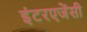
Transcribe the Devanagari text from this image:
इंटरएजेंसी